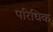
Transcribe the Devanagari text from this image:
परिधिक